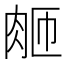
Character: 𬚴